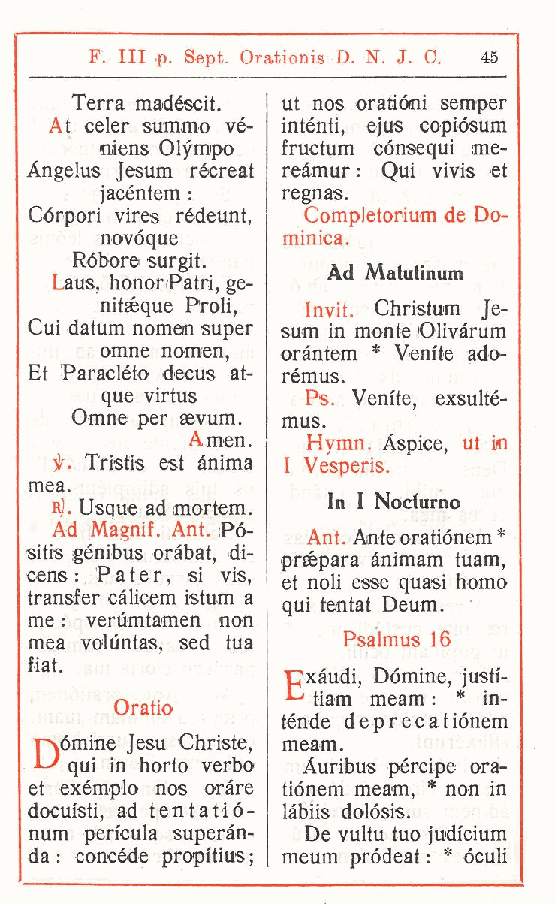
F Ili p. Sept. Orationis D. N. J. C. 45
 .
 Terra madéscit. ut nos oratióni semper
 At celer stimino vé- intènti, ejus copiósum
 fiiens Olympo fructum cónsequi jne-
 Angelus Jesum récreat reàmur : Qui vivis et
 jacéntem :  regnas.
 Córpori vires rédeunt, Completorium de Do-
 novoque     minica.
 Robore surgit.
 Ad Maluiinum
 Laus, hononPatri, ge-
 nióque Proli Invit. Christum Je-
 ,
 Cui datum nomen super sum in monte Olivàrum
 omne nomen, oràntem * Venite ado-
 Et Paracléto decus at- rèmus.
 que virtus   Ps. Venite, exsulté-
 Omne per sevum.
 mus.
 Amen.   Hymn. Aspice ut in
 if. Tristis est ànima I Vesperis. ,
 mea.
 R,1. Usque ad mortem In I Nocturno
 .
 Ad Magnif. Ant. Pó-
 Ant. Ante oratiónem *
 sitis génibus oràbat, di-
 prgqpara ànimam tuam,
 cens : Pater, si vis,
 et noli esse quasi homo
 transfer càlicem istum a
 qui tentai Deum.
 me : verùmtamen non
 mea voluntas, sed tua Psalmus 16
 fiat.
 pxàudi. Dòmine, justi-
 tiam meam : * in-
 Oratio
 tènde deprecationem
 pvómine Jesu Christe,
 meam.
 U  qui in horto verbo
 Auribus pércipe ora-
 et exémplo nos orare tiónem meam, * non in
 docufsti, ad tentatió- làbiis dolósis.
 num pericula superàn- De vultu tuo judicium
 da : concede propi'tius ; meum pródeat : * óculi
 t